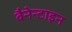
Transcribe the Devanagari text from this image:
बैनेन्टाइन